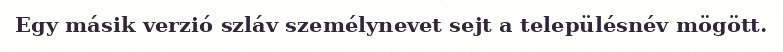
Egy másik verzió szláv személynevet sejt a településnév mögött.